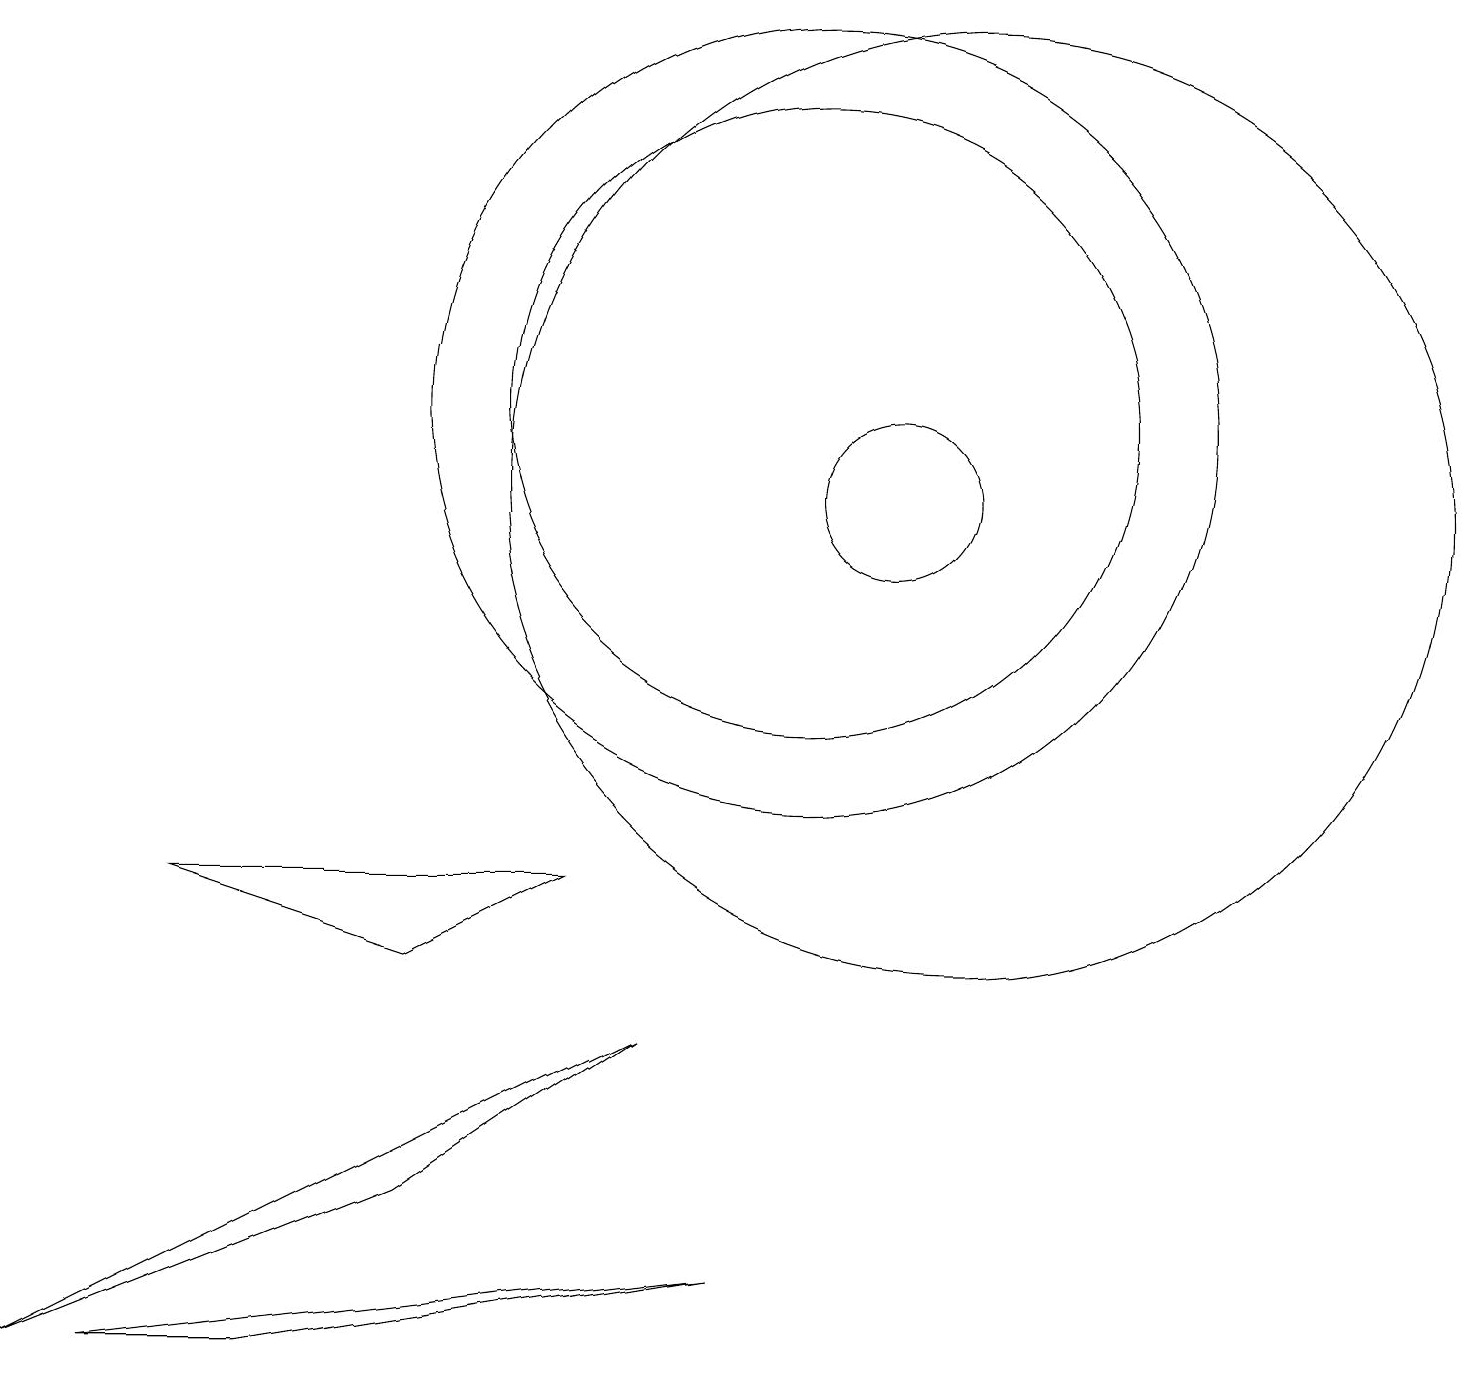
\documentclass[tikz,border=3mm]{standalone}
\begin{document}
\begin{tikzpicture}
\draw (10,12) circle (4);
\draw (12,11) circle (6);
\draw (2,6) -- (5,5) -- (7,6) -- cycle;
\draw (11,11) circle (1);
\draw (5,2) -- (0,0) -- (8,4) -- cycle;
\draw (3,0) -- (9,1) -- (1,0) -- cycle;
\draw (10,12) circle (5);
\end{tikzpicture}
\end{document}